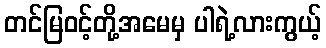
တင်မြဝင့်တို့အမေမှ ပါရဲ့လားကွယ့်